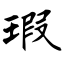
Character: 瑕